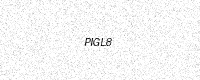
Text: PIGL8